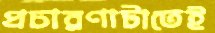
প্রচারণাটাতেই